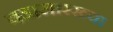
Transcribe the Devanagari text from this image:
वडासारख्या